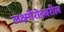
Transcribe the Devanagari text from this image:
लक्ष्मीरोडवरील